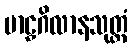
ဗာဠှဂိလာနသုတ္တံ